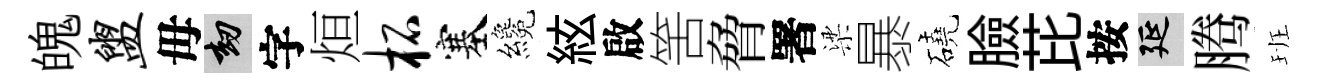
魄盥毋劫字烜柘塞纔絃啟筈脅署梁暴磽臉芘按延腾班